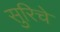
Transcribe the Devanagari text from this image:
सुरिचे